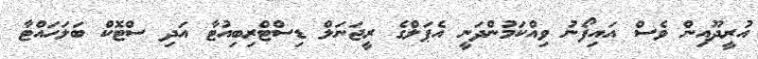
އުރީދޫއިން ވެސް އައިފޯނު ވިއްކަމުންދަނީ އެޕަލްގެ ރީޖަނަލް ޑިސްޓްރިބިއުޓާ އަދި ސްޓޮކް ބަލަހައްޓާ